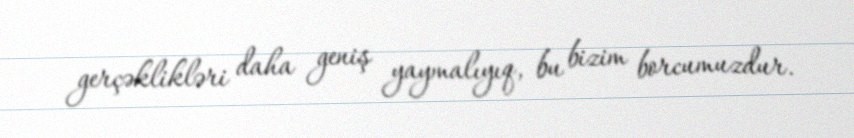
gerçəklikləri daha geniş yaymalıyıq, bu bizim borcumuzdur.